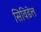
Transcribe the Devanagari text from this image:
सिविडेल